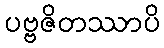
ပဗ္ဗဇိတဿာပိ